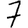
Digit: 7